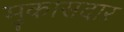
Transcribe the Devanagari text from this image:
मुकासदार